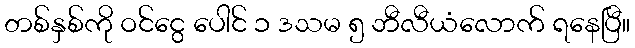
တစ်နှစ်ကို ဝင်ငွေ ပေါင် ၁ ဒသမ ၅ ဘီလီယံလောက် ရနေပြီ။